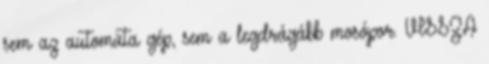
sem az automata gép, sem a legdrágább mosópor. VISSZA